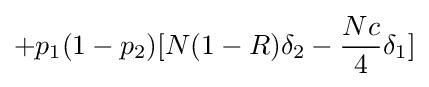
+p_{1}(1-p_{2})[N(1-R)\delta _{2}-{\frac {Nc}{4}}\delta _{1}]